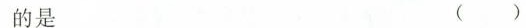
的是 ( )